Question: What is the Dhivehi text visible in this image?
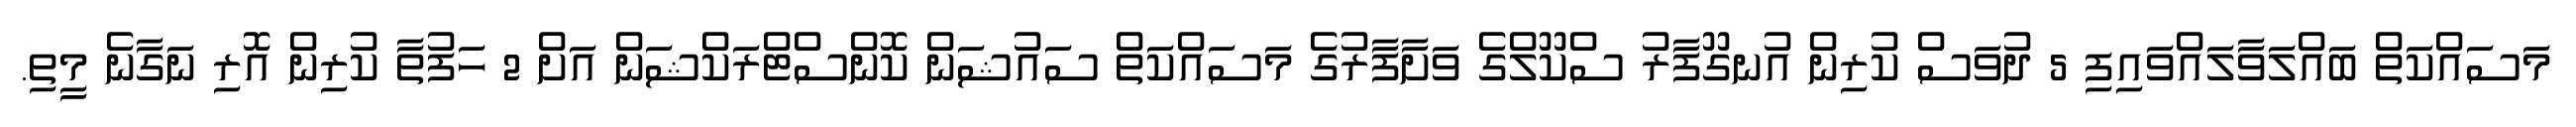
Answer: މަސައްކަތް ބައްލަވާލައްވައިފި 5 ދުވަސް ކުރިން އުނގޫފާރު ސްކޫލްގެ ވަށާފާރުގެ މަސައްކަތް ސައުޝަން ކޮންސްޓްރަކްޝަން އަށް 2 ހަފުތާ ކުރިން އޮރި ނަގާނެ މީތި.